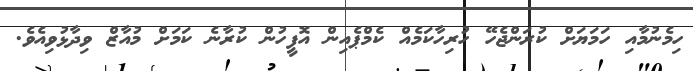
ހިމެނުމާއި ހަމަޔަށް ކުރަންޖެހޭ ހުރިހާކަމެއް ކެމްޕެއިން އޮފީހުން ކުރާނެ ކަމަށް މުއާޒް ވިދާޅުވިއެވެ.